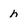
Character: h